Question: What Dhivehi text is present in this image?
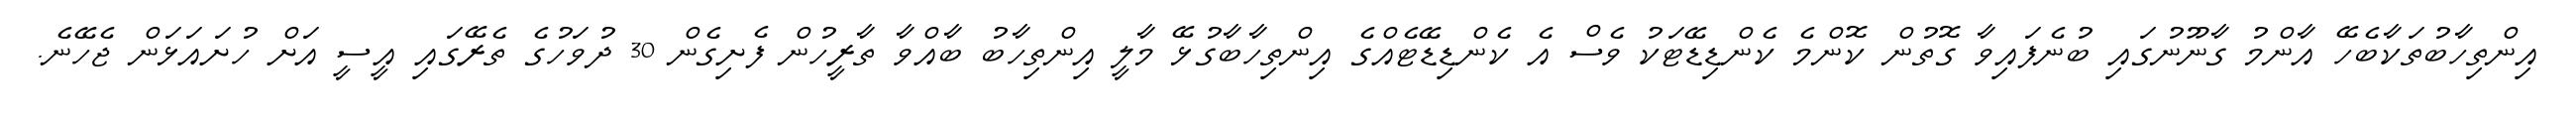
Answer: އިންތިހާބުތަކާބެހޭ އާންމު ގާނޫނުގައި ބުނެފައިވާ ގޮތުން ކޮންމެ ކެންޑިޑޭޓަކު ވެސް އެ ކެންޑިޑޭޓެއްގެ އިންތިހާބާގުޅޭ މާލީ އިންތިހާބު ބާއްވާ ތާރީހުން ފެށިގެން 30 ދުވަހުގެ ތެރޭގައި އީސީ އަށް ހުށައަޅަން ޖެހޭނެ.